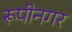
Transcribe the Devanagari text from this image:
रूपीनगर